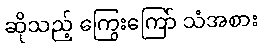
ဆိုသည့် ကြွေးကြော် သံအစား